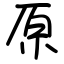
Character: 原